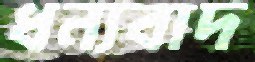
ধন্যবাদ